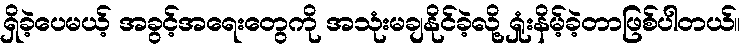
ရှိခဲ့ပေမယ့် အခွင့်အရေးတွေကို အသုံးမချနိုင်ခဲ့လို့ ရှုံးနိမ့်ခဲ့တာဖြစ်ပါတယ်။